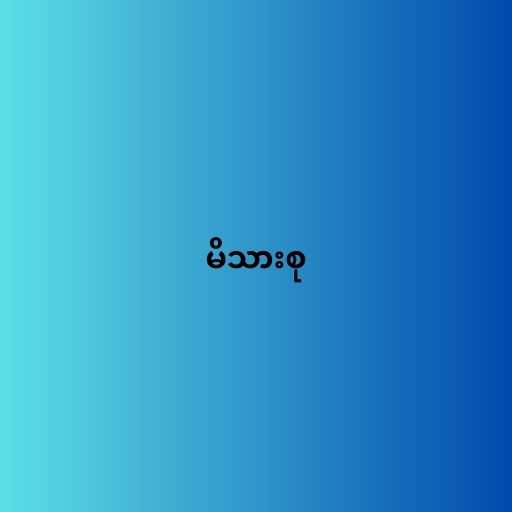
မိသားစု